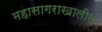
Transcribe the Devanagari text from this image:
महासागराखालील